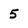
Character: 5